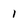
Character: 1